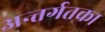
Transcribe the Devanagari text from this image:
अन्तर्गतका